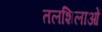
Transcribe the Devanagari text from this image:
तलशिलाओं